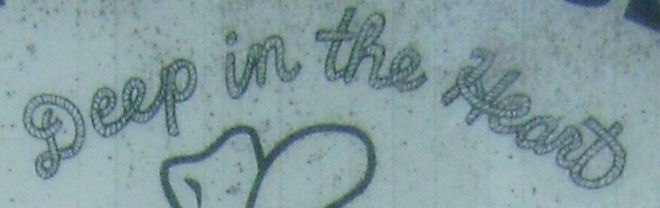
Deep in the Heart